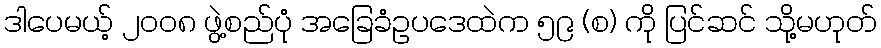
ဒါပေမယ့် ၂၀၀၈ ဖွဲ့စည်ပုံ အခြေခံဥပဒေထဲက ၅၉ (စ) ကို ပြင်ဆင် သို့မဟုတ်